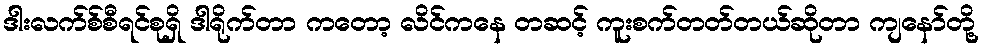
ဒါးလက်စ်စီရင်စုရှိ ဒါရိုက်တာ ကတော့ လိင်ကနေ တဆင့် ကူးစက်တတ်တယ်ဆိုတာ ကျနော်တို့